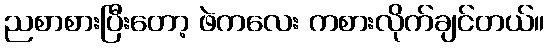
ညစာစားပြီးတော့ ဖဲကလေး ကစားလိုက်ချင်တယ်။